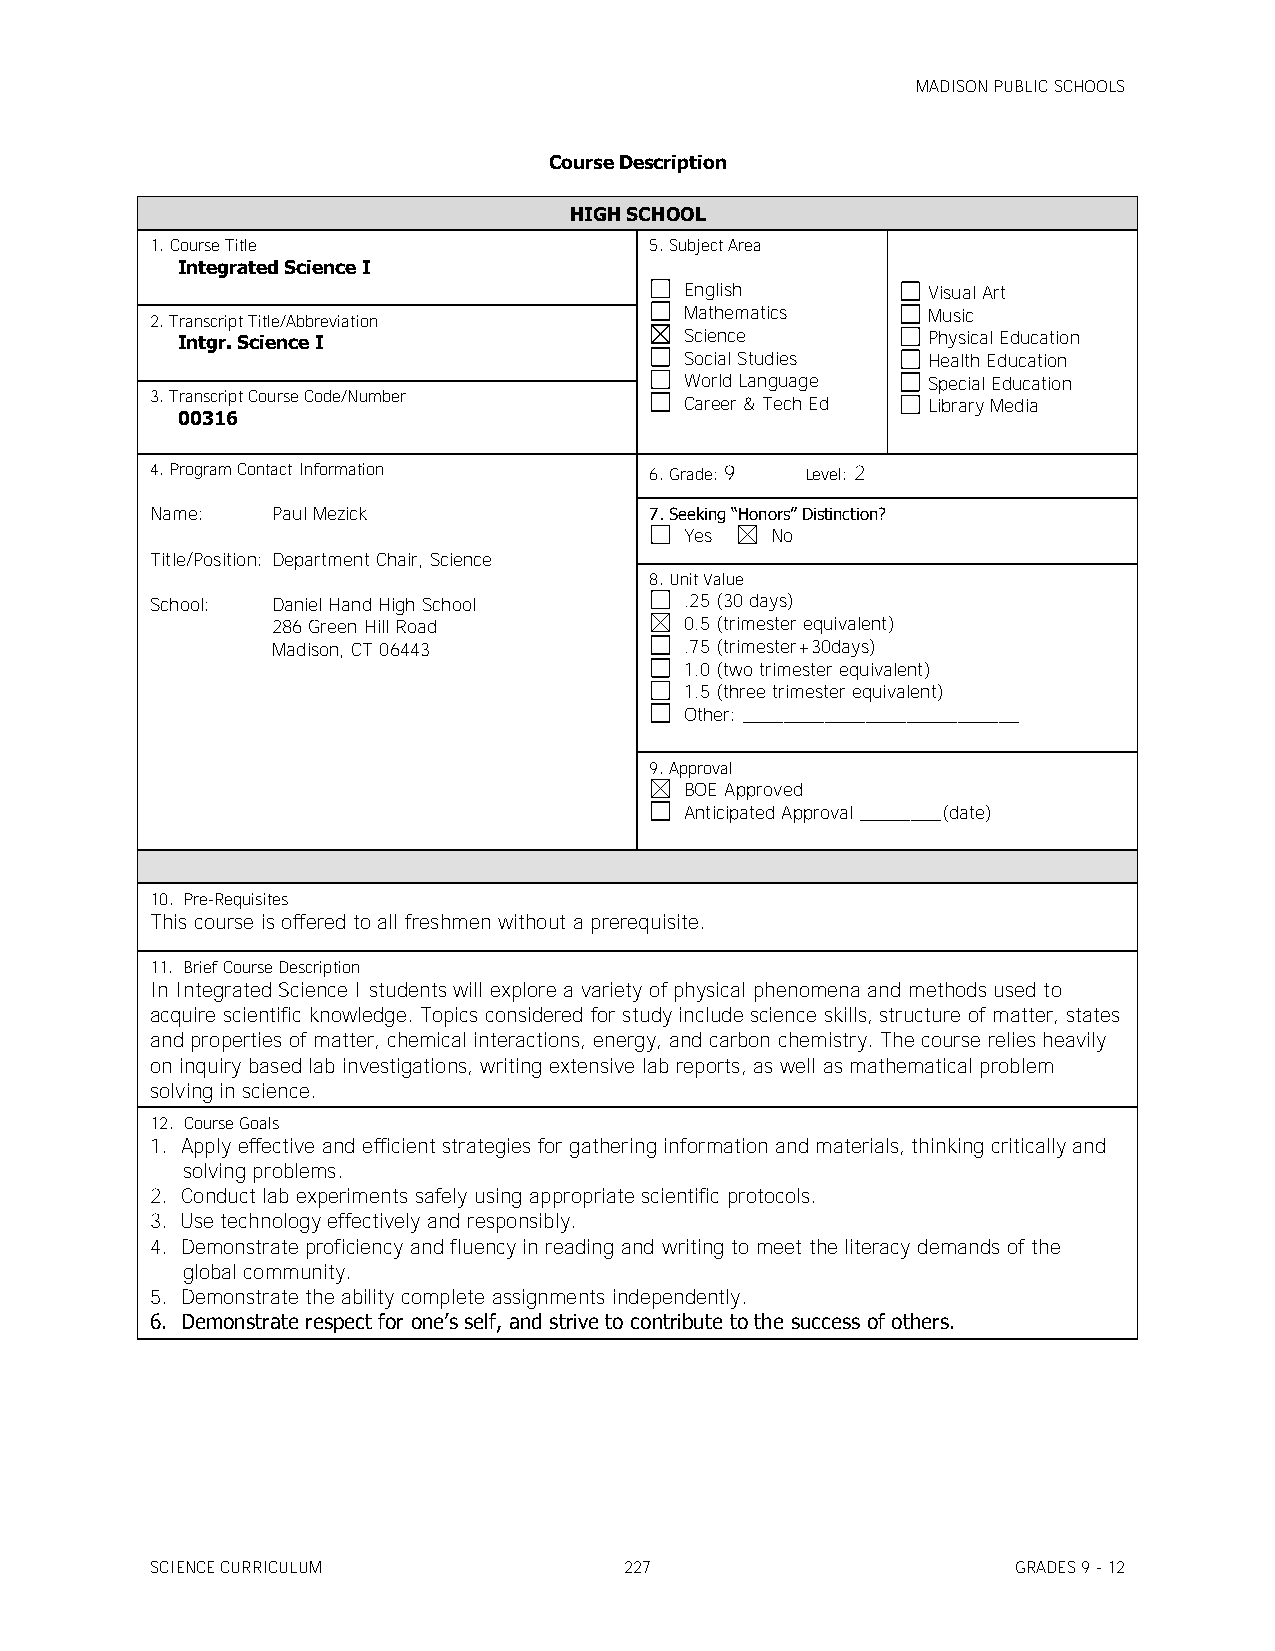
MADISON PUBLIC SCHOOLS
 Course Description
 HIGH SCHOOL
 1. Course Title                  5. Subject Area
 Integrated Science I
 English         Visual Art
 2. Transcript Title/Abbreviation
 Mathematics     Music
 Intgr. Science I                 Science         Physical Education
 Social Studies  Health Education
 World Language  Special Education
 3. Transcript Course Code/Number   Career & Tech Ed Library Media
 00316
 4. Program Contact Information   6. Grade: 9 Level: 2
 Name:   Paul Mezick              7. Seeking ―Honors‖ Distinction?
 Yes   No
 Title/Position: Department Chair, Science
 8. Unit Value
 School: Daniel Hand High School    .25 (30 days)
 286 Green Hill Road        0.5 (trimester equivalent)
 Madison, CT 06443          .75 (trimester+30days)
 1.0 (two trimester equivalent)
 1.5 (three trimester equivalent)
 Other: ___________________________
 9. Approval
 BOE Approved
 Anticipated Approval ________(date)
 10. Pre-Requisites
 This course is offered to all freshmen without a prerequisite.
 11. Brief Course Description
 In Integrated Science I students will explore a variety of physical phenomena and methods used to
 acquire scientific knowledge. Topics considered for study include science skills, structure of matter, states
 and properties of matter, chemical interactions, energy, and carbon chemistry. The course relies heavily
 on inquiry based lab investigations, writing extensive lab reports, as well as mathematical problem
 solving in science.
 12. Course Goals
 1. Apply effective and efficient strategies for gathering information and materials, thinking critically and
 solving problems.
 2. Conduct lab experiments safely using appropriate scientific protocols.
 3. Use technology effectively and responsibly.
 4. Demonstrate proficiency and fluency in reading and writing to meet the literacy demands of the
 global community.
 5. Demonstrate the ability complete assignments independently.
 6. Demonstrate respect for one’s self, and strive to contribute to the success of others.
 SCIENCE CURRICULUM             227                       GRADES 9 - 12